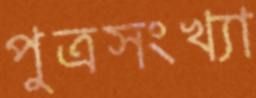
পুত্রসংখ্যা